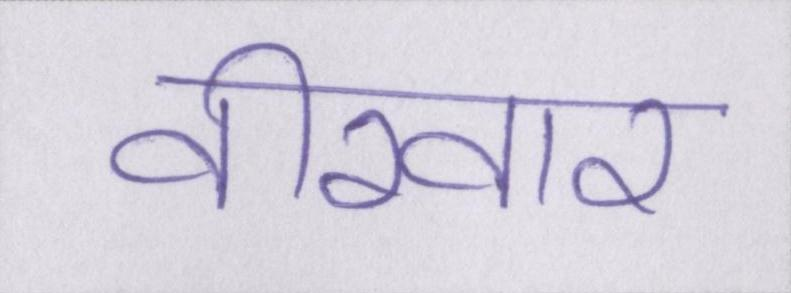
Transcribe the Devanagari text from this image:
वीरवार